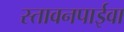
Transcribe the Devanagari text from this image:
स्तावनपाईवा